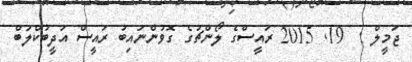
ޖަމީލް :  19